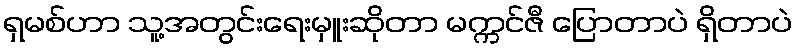
ရှမစ်ဟာ သူ့အတွင်းရေးမှူးဆိုတာ မက္ကင်ဇီ ပြောတာပဲ ရှိတာပဲ